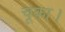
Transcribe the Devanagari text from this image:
चूका।